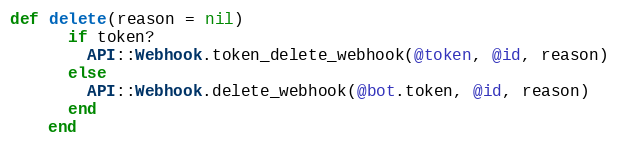
Language: Ruby
def delete(reason = nil)
      if token?
        API::Webhook.token_delete_webhook(@token, @id, reason)
      else
        API::Webhook.delete_webhook(@bot.token, @id, reason)
      end
    end